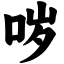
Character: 哕